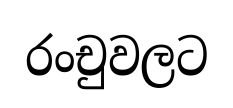
රංචුවලට